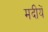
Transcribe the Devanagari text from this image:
मदीयें